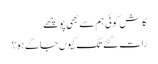
کاش کوئی ہم سے بھی پوچھے
رات گئے تک کیوں جاگے ہو؟